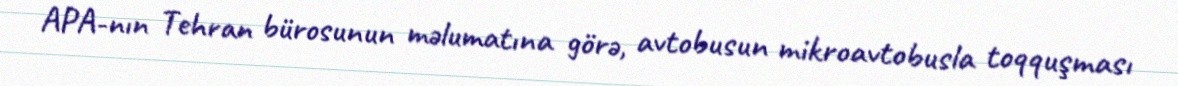
APA-nın Tehran bürosunun məlumatına görə, avtobusun mikroavtobusla toqquşması